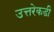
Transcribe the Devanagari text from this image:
उत्तरेकडी